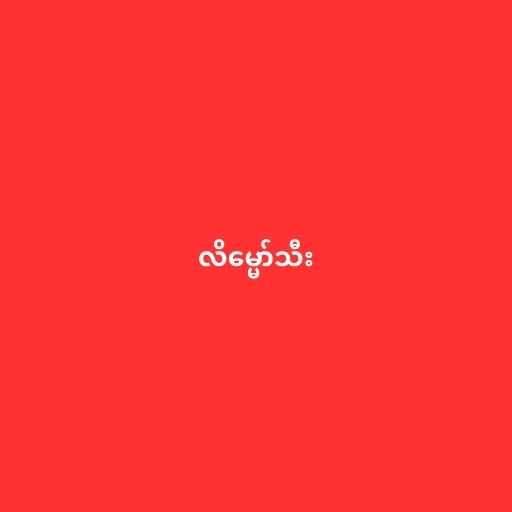
လိမ္မော်သီး